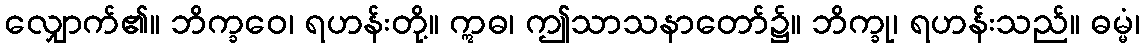
လျှောက်၏။ ဘိက္ခဝေ၊ ရဟန်းတို့။ ဣဓ၊ ဤသာသနာတော်၌။ ဘိက္ခု၊ ရဟန်းသည်။ ဓမ္မံ၊